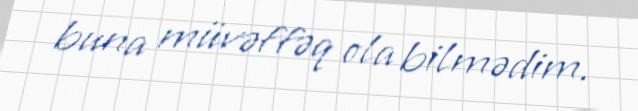
buna müvəffəq ola bilmədim.